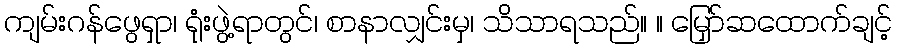
ကျမ်းဂန်ဖွေရှာ၊ ရုံးဖွဲ့ရာတွင်၊ စာနာလျှင်းမှ၊ သိသာရသည်။ ။ မြှော်ဆထောက်ချင့်